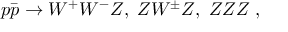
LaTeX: p \bar { p } \to W ^ { + } W ^ { - } Z , \; Z W ^ { \pm } Z , \; Z Z Z \; ,